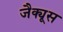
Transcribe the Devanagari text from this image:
जैक्यूस